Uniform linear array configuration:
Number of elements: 24
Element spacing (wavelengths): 1
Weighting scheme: hann
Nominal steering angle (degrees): -45
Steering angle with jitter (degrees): -43.115
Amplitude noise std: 0.05
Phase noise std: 0.05

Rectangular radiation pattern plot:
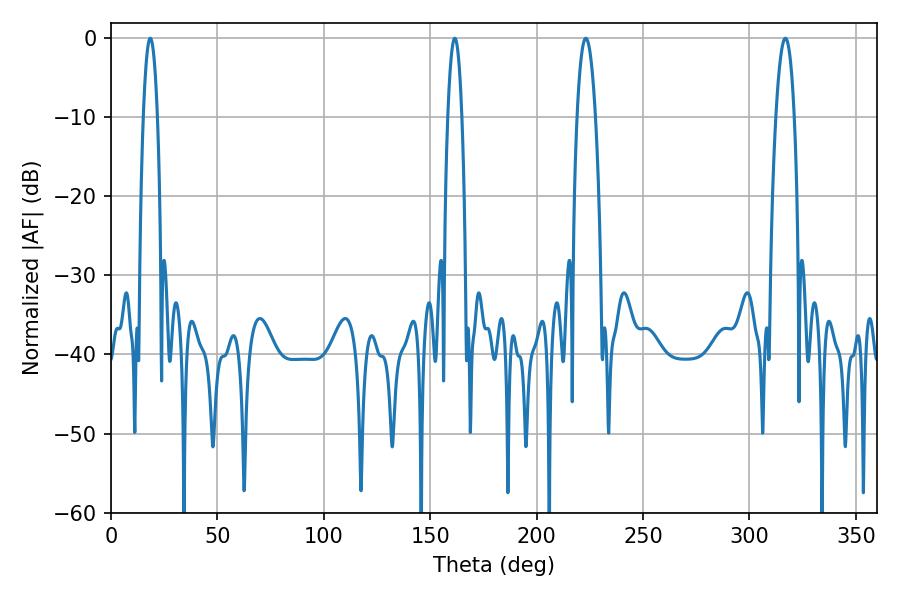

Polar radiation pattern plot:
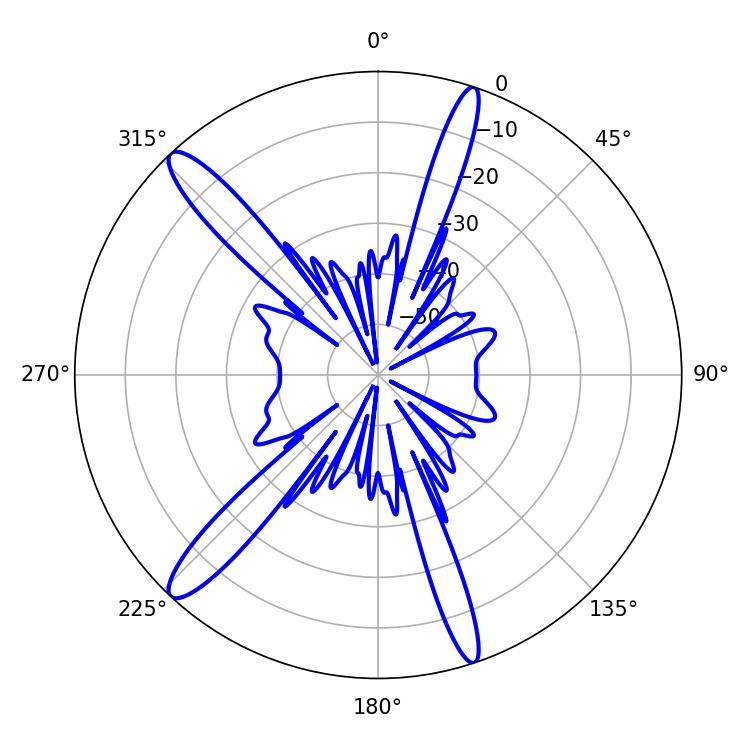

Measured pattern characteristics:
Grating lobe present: TRUE
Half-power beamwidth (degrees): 4.68
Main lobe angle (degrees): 316.8